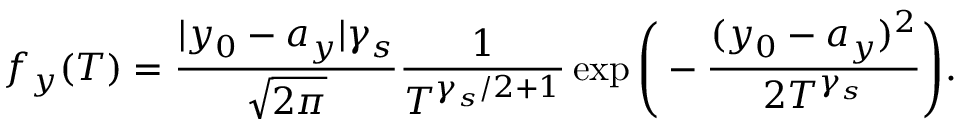
f _ { y } ( T ) = \frac { | y _ { 0 } - a _ { y } | \gamma _ { s } } { \sqrt { 2 \pi } } \frac { 1 } { T ^ { \gamma _ { s } / 2 + 1 } } \exp \Bigg ( - \frac { ( y _ { 0 } - a _ { y } ) ^ { 2 } } { 2 T ^ { \gamma _ { s } } } \Bigg ) .